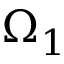
\Omega _ { 1 }